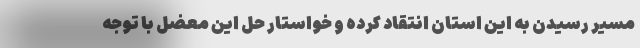
مسیر رسیدن به این استان انتقاد کرده و خواستار حل این معضل با توجه